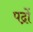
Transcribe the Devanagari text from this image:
पद्रों